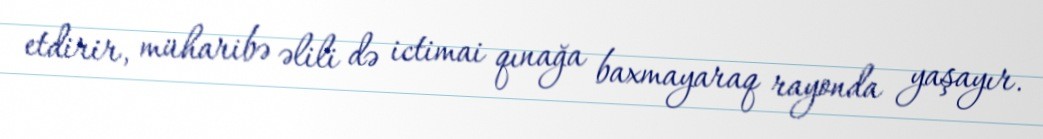
etdirir, müharibə əlili də ictimai qınağa baxmayaraq rayonda yaşayır.